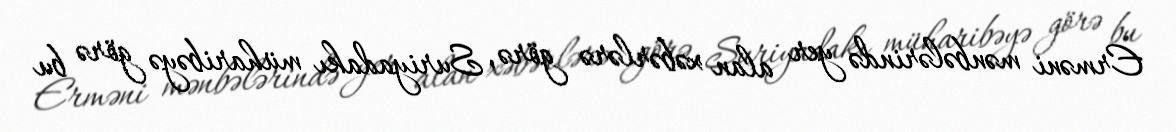
Erməni mənbələrində yer alan xəbərlərə görə, Suriyadakı müharibəyə görə bu